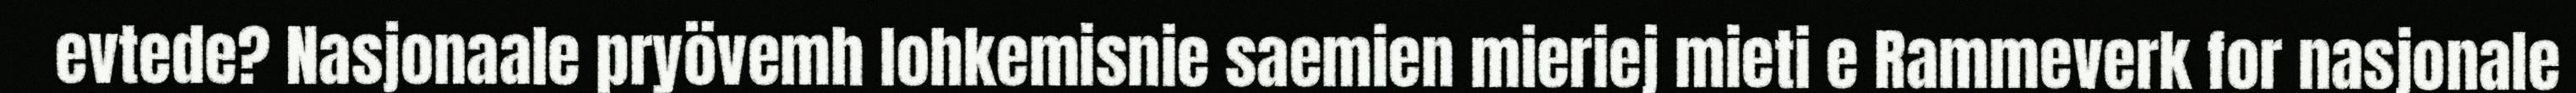
evtede? Nasjonaale pryövemh lohkemisnie saemien mieriej mieti e Rammeverk for nasjonale